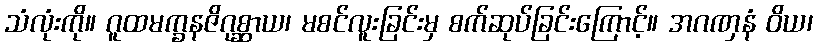
သံလုံးကို။ ဂူထမက္ခနဇိဂုစ္ဆာယ၊ မစင်လူးခြင်းမှ စက်ဆုပ်ခြင်းကြောင့်။ အဂဏှနံ ဝိယ၊